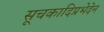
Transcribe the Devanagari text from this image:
सूचकादिप्रभेदेन